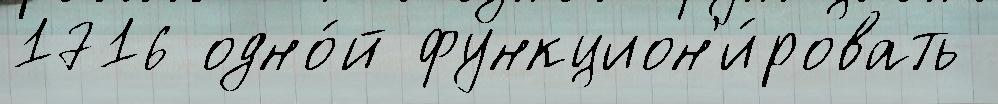
1716 одно́й функцион'и́ровать